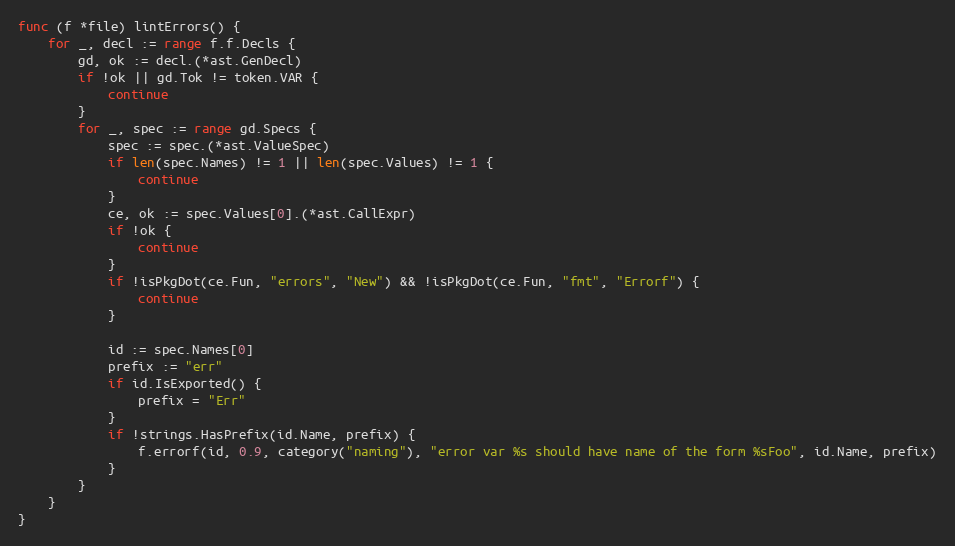
Language: Go
func (f *file) lintErrors() {
	for _, decl := range f.f.Decls {
		gd, ok := decl.(*ast.GenDecl)
		if !ok || gd.Tok != token.VAR {
			continue
		}
		for _, spec := range gd.Specs {
			spec := spec.(*ast.ValueSpec)
			if len(spec.Names) != 1 || len(spec.Values) != 1 {
				continue
			}
			ce, ok := spec.Values[0].(*ast.CallExpr)
			if !ok {
				continue
			}
			if !isPkgDot(ce.Fun, "errors", "New") && !isPkgDot(ce.Fun, "fmt", "Errorf") {
				continue
			}

			id := spec.Names[0]
			prefix := "err"
			if id.IsExported() {
				prefix = "Err"
			}
			if !strings.HasPrefix(id.Name, prefix) {
				f.errorf(id, 0.9, category("naming"), "error var %s should have name of the form %sFoo", id.Name, prefix)
			}
		}
	}
}